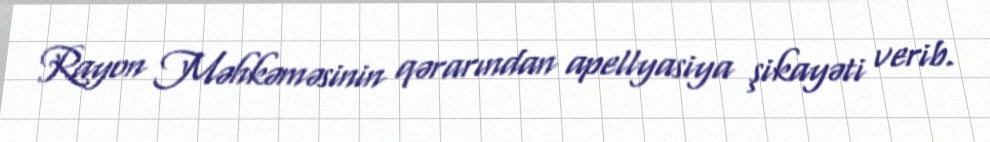
Rayon Məhkəməsinin qərarından apellyasiya şikayəti verib.